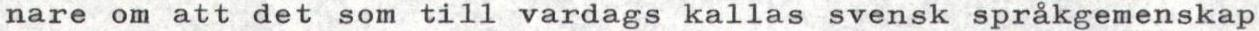
nare om att det som till vardags kallas svensk språkgemenskap